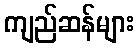
ကျည်ဆန်များ